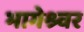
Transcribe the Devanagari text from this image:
भागेश्र्वर